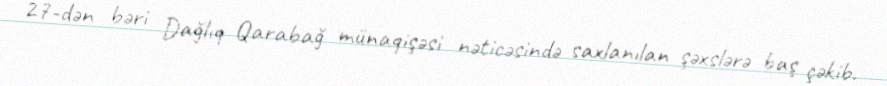
27-dən bəri Dağlıq Qarabağ münaqişəsi nəticəsində saxlanılan şəxslərə baş çəkib.